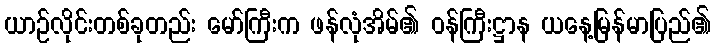
ယာဉ်လိုင်းတစ်ခုတည်း မော်ကြီးက ဖန်လုံအိမ်၏ ဝန်ကြီးဋ္ဌာန ယနေ့မြန်မာပြည်၏